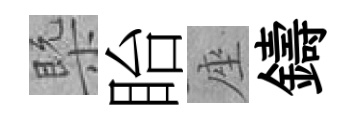
槩眙座鑄